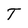
Character: T